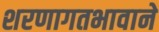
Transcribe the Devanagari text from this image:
शरणागतभावाने